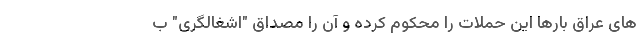
های عراق بارها این حملات را محکوم کرده و آن را مصداق "اشغالگری" ب